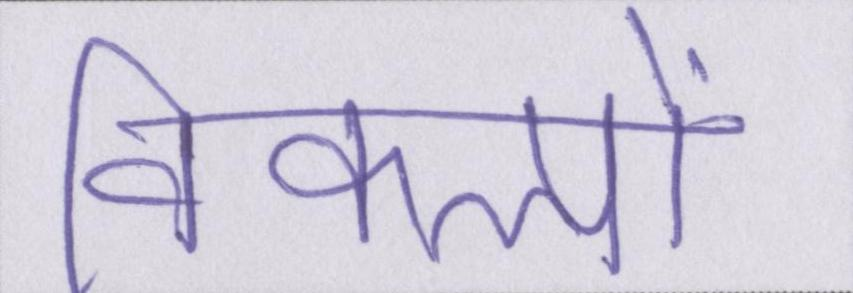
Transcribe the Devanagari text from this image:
विकल्पों